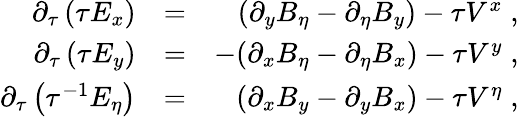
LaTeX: \begin{array}{rlr}{\partial_{\tau}\left(\tau E_{x}\right)}&{=}&{(\partial_{y}B_{\eta}-\partial_{\eta}B_{y})-\tau V^{x}\; ,}\\ {\partial_{\tau}\left(\tau E_{y}\right)}&{=}&{-(\partial_{x}B_{\eta}-\partial_{\eta}B_{x})-\tau V^{y}\; ,}\\ {\partial_{\tau}\left(\tau^{-1}E_{\eta}\right)}&{=}&{(\partial_{x}B_{y}-\partial_{y}B_{x})-\tau V^{\eta}\; ,}\end{array}